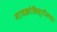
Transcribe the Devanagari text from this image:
मायक्रोसिस्टीमचा